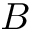
B